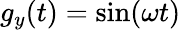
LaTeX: g_{y}(t)=\sin(\omega t)